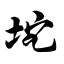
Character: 坨